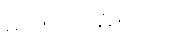
မာဏဝတ္ထေရဂါထာ